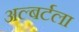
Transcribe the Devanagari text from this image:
अल्बर्टला